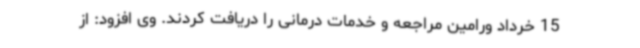
15 خرداد ورامین مراجعه و خدمات درمانی را دریافت کردند. وی افزود: از